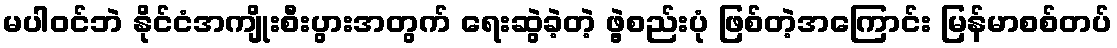
မပါဝင်ဘဲ နိုင်ငံအကျိုးစီးပွားအတွက် ရေးဆွဲခဲ့တဲ့ ဖွဲ့စည်းပုံ ဖြစ်တဲ့အကြောင်း မြန်မာစစ်တပ်